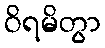
ဝိရမိတွာ